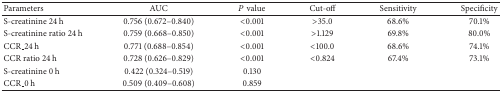
<table><thead><tr><td><b>Parameters</b></td><td><b>AUC</b></td><td><b><i>P</i> value</b></td><td><b>Cut-off</b></td><td><b>Sensitivity</b></td><td><b>Specificity</b></td></tr></thead><tbody><tr><td>S-creatinine 24 h</td><td>0.756 (0.672–0.840)</td><td>&lt;0.001</td><td>&gt;35.0</td><td>68.6%</td><td>70.1%</td></tr><tr><td>S-creatinine ratio 24 h</td><td>0.759 (0.668–0.850)</td><td>&lt;0.001</td><td>&gt;1.129</td><td>69.8%</td><td>80.0%</td></tr><tr><td>CCR_24 h </td><td>0.771 (0.688–0.854)</td><td>&lt;0.001</td><td>&lt;100.0</td><td>68.6%</td><td>74.1%</td></tr><tr><td>CCR ratio 24 h </td><td>0.728 (0.626–0.829)</td><td>&lt;0.001</td><td>&lt;0.824</td><td>67.4%</td><td>73.1%</td></tr><tr><td>S-creatinine 0 h </td><td>0.422 (0.324–0.519)</td><td>0.130</td><td> </td><td> </td><td> </td></tr><tr><td>CCR_0 h</td><td>0.509 (0.409–0.608)</td><td>0.859</td><td> </td><td> </td><td> </td></tr></tbody></table>